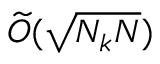
\widetilde { O } ( \sqrt { N _ { k } N } )